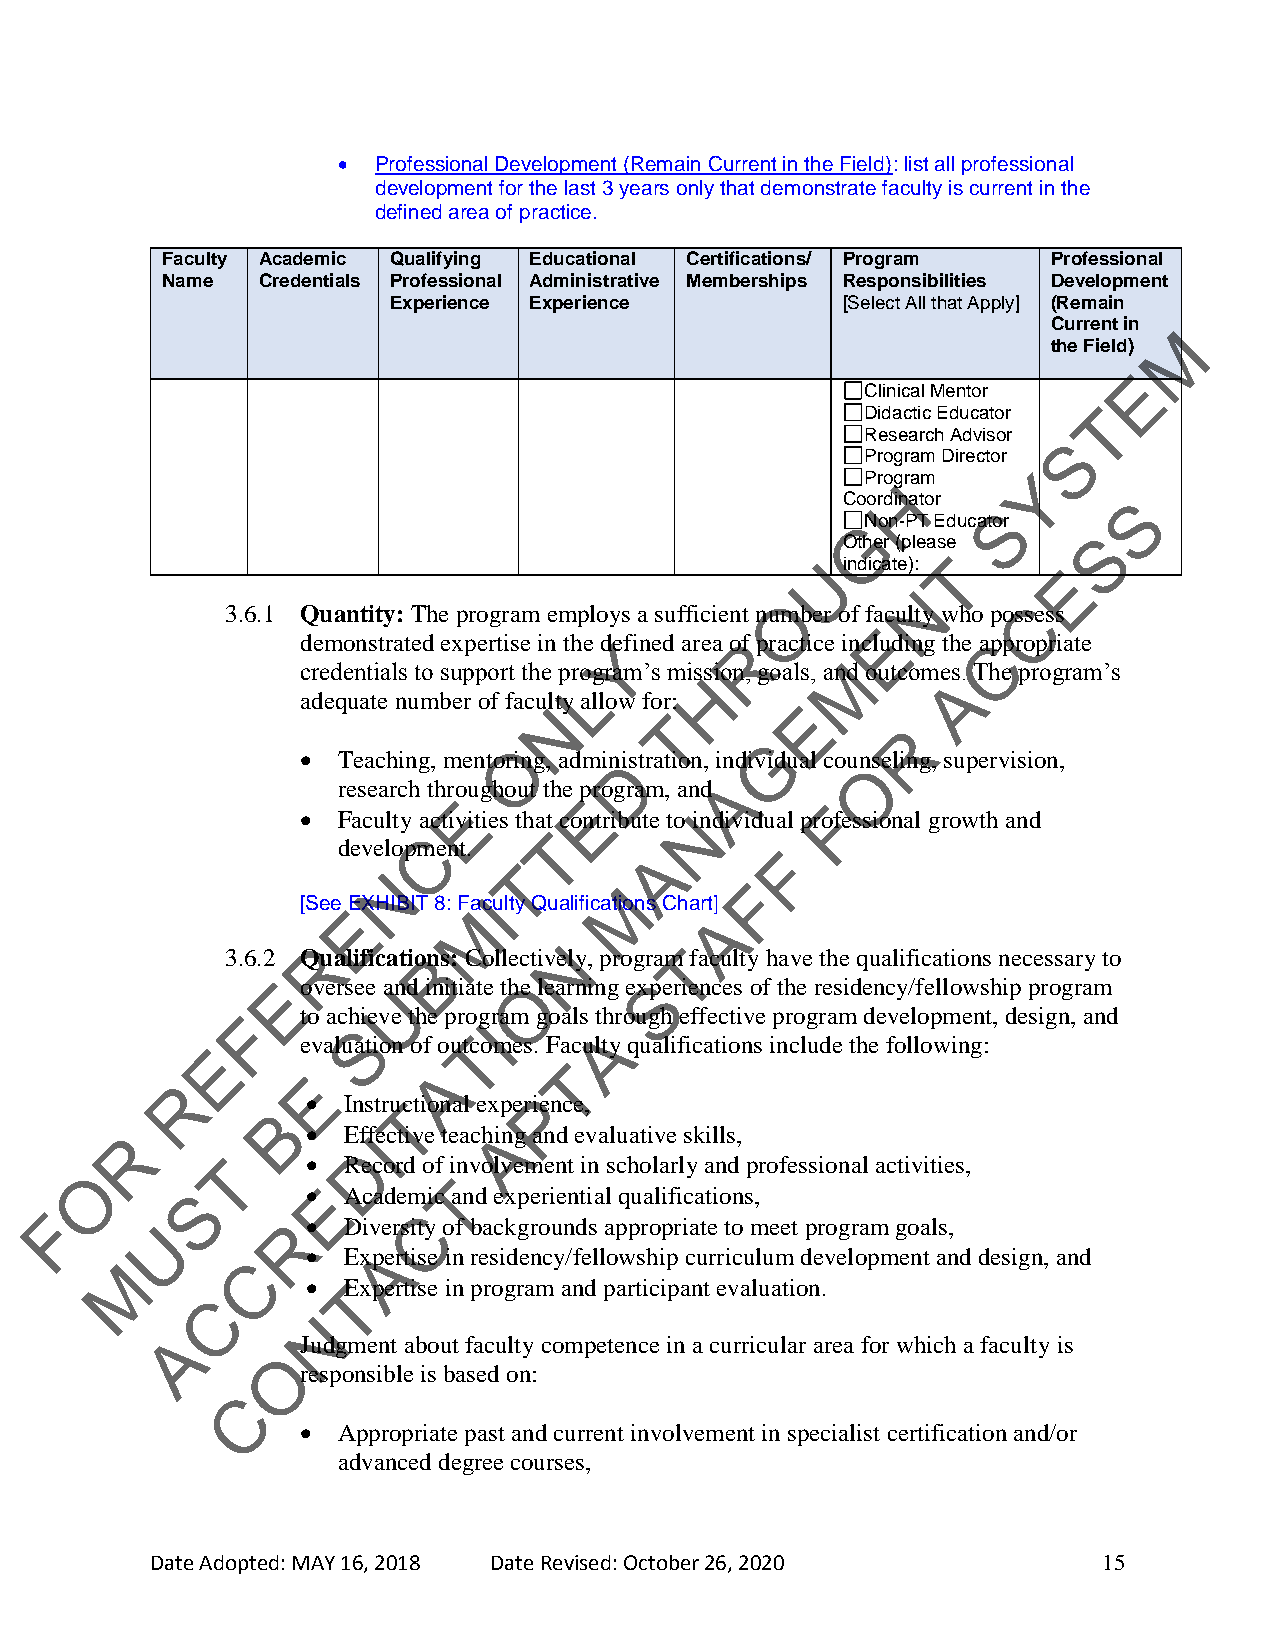
  Professional Development (Remain Current in the Field): list all professional
 development for the last 3 years only that demonstrate faculty is current in the
 defined area of practice.
 Faculty Academic Qualifying Educational Certifications/ Program Professional
 Name  Credentials Professional Administrative Memberships Responsibilities Development
 Experience Experience         [Select All that Apply] (Remain
 Current in
 M
 the Field)
 E
 Clinical Mentor
 Didactic Educator T
 Research Advisor
 S
 Program Director
 Progr am   Y
 H
 Coordinator        S
 S
 GNon-PT Educator
 S
 Other (please
 U indicate): T
 E
 N
 O               C
 3.6.1 Quantity: The program employs a sufficient number of faculty who possess
 E
 demonstrated expertise in the dYefined area oRf practice including the aCppropriate
 credentials to support the program’s mission, goals, anMd outcomes. The program’s
 L       H                A
 adequate number of faculty allow for:
 N
 T
 E
 R
 O                G
  Teaching, mentoring, adminDistration, individual coun Oseling, supervision,
 research throu ghout the program, and A
 E       E                F
  Faculty activities that contribute to Nindividual professional growth and
 C       T
 development.
 A       F
 T
 N
 M       F
 [See EXHIBIT 8: FaIculty Qualifications Chart]
 E       M               A
 3.6.2 QR ualificatioBns: CollectiveN ly, programT faculty have the qualifications necessary to
 E oversee and initiate theO learning exSperiences of the residency/fellowship program
 U
 F   to achieve the program goals th rough effective program development, design, and
 S        I       A
 evaluation of outTcomes. Faculty qualifications include the following:
 E
 E
 A       T
 R
   InstruTctional experiPence,
 B
 R             EffIective teachiAng and evaluative skills,
 D
 T      Record of in volvement in scholarly and professional activities,
 O
 T
 S       E Academic and experiential qualifications,
 F                        C
 U        R  Diversity of backgrounds appropriate to meet program goals,
   ExpAertise in residency/fellowship curriculum development and design, and
 M       C
   ETxpertise in program and participant evaluation.
 C
 N
 A
 Judgment about faculty competence in a curricular area for which a faculty is
 O
 responsible is based on:
 C
  Appropriate past and current involvement in specialist certification and/or
 advanced degree courses,
 Date Adopted: MAY 16, 2018 Date Revised: October 26, 2020      15